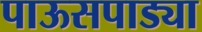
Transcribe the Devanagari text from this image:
पाऊसपाड्या